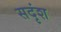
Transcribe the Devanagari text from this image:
सदृंश